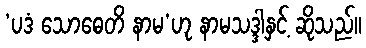
‘ပဒံ သောဓေတိ နာမ’ဟု နာမသဒ္ဒါနှင့် ဆိုသည်။